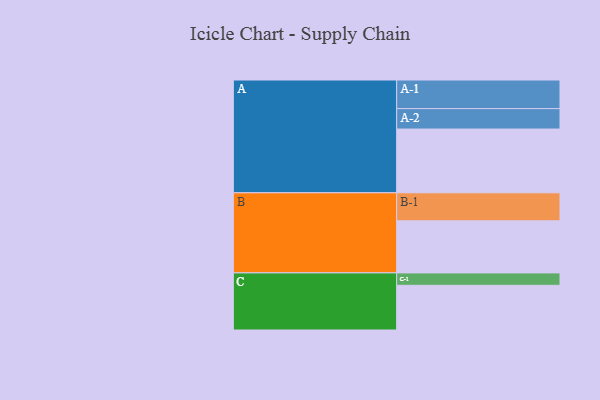
{"axis": {"x": "Segment", "y": "Value"}, "legend": ["", "A", "B", "C"], "data": [{"x": "A", "y": 515, "type": ""}, {"x": "B", "y": 421, "type": ""}, {"x": "C", "y": 361, "type": ""}, {"x": "A-1", "y": 231, "type": "A"}, {"x": "A-2", "y": 165, "type": "A"}, {"x": "B-1", "y": 226, "type": "B"}, {"x": "C-1", "y": 100, "type": "C"}]}